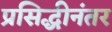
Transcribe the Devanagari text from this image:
प्रसिद्धीनंतर